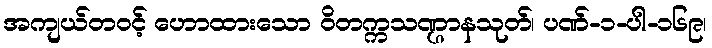
အကျယ်တဝင့် ဟောထားသော ဝိတက္ကသဏ္ဌာနသုတ်၊ ပဏ်-၁-ပါ-၁၆၉၊